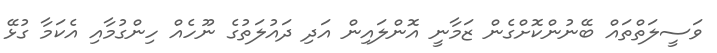
ވަސީލަތްތައް ބޭނުންކޮށްގެން ޒަމާނީ އޮންލައިން އަދި ދައުލަތުގެ ނޫހެއް ހިންގުމާއި އެކަމާ ގުޅޭ